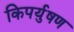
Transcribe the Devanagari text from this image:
किपर्युषण